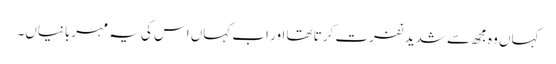
کہاں وہ مجھ سے شدید نفرت کرتا تھا اور اب کہاں اس کی یہ مہربانیاں۔